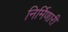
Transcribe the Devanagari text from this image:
निर्मिणारी